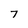
Character: 7